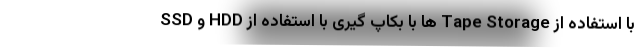
با استفاده از Tape Storage ها با بکاپ گیری با استفاده از HDD و SSD